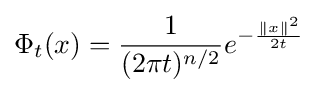
\Phi _{t}(x)={\frac {1}{(2\pi {}t)^{n/2}}}e^{-{\frac {\|x\|^{2}}{2t}}}